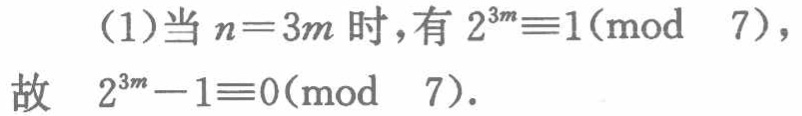
(1)当\(n = 3m\)时，有\(2^{3m}\equiv1(\text{mod } 7)\)，

故 \(2^{3m}-1\equiv0(\text{mod } 7)\)。